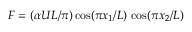
F = ( \alpha U L / \pi ) \cos ( \pi x _ { 1 } / L ) \, \cos ( \pi x _ { 2 } / L )